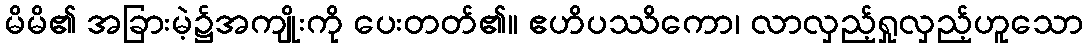
မိမိ၏ အခြားမဲ့၌အကျိုးကို ပေးတတ်၏။ ဧဟိပဿိကော၊ လာလှည့်ရှုလှည့်ဟူသော